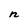
Character: n